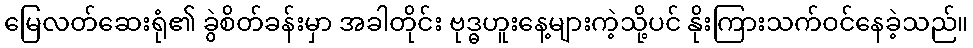
မြေလတ်ဆေးရုံ၏ ခွဲစိတ်ခန်းမှာ အခါတိုင်း ဗုဒ္ဓဟူးနေ့များကဲ့သို့ပင် နိုးကြားသက်ဝင်နေခဲ့သည်။